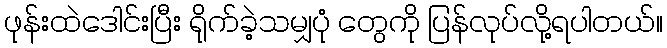
ဖုန်းထဲဒေါင်းပြီး ရိုက်ခဲ့သမျှပုံ တွေကို ပြန်လုပ်လို့ရပါတယ်။